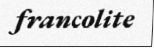
francolite